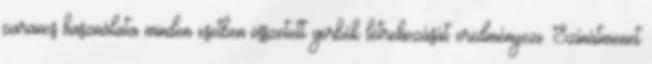
parancs használata minden esetben összetett görbék létrehozását eredményezi. Színátmenet